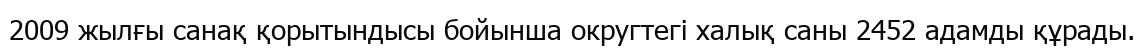
2009 жылғы санақ қорытындысы бойынша округтегі халық саны 2452 адамды құрады.